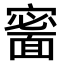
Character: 𩈰